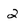
Character: 2